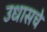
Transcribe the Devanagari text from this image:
उधासचे